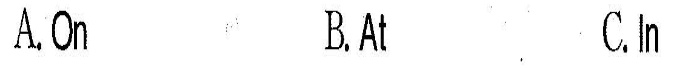
A,On B.At C.In